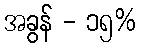
အခွန် - ၁၅%